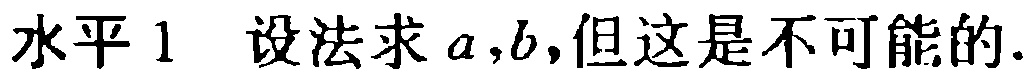
水平 1  设法求 \(a,b\),但这是不可能的.